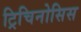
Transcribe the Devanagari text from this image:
ट्रिचिनोसिस